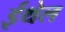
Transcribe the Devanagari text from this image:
ईथेल